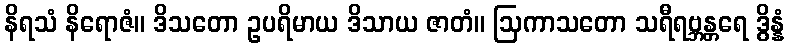
နိရသံ နိရောဇံ။ ဒိသတော ဥပရိမာယ ဒိသာယ ဇာတံ။ ဩကာသတော သရီရဗ္ဘန္တရေ ဒွိန္နံ